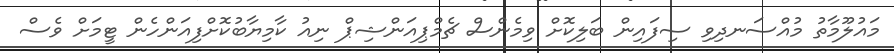
މައުލޫމާތު މުއްސަނދިވި ސިފައިން ބަލިކޮށް ވިމެންސް ޗެމްޕިއަންޝިޕް ނިއު ކާމިޔާބުކޮށްފިއަންހެން ޓީމަށް ވެސް